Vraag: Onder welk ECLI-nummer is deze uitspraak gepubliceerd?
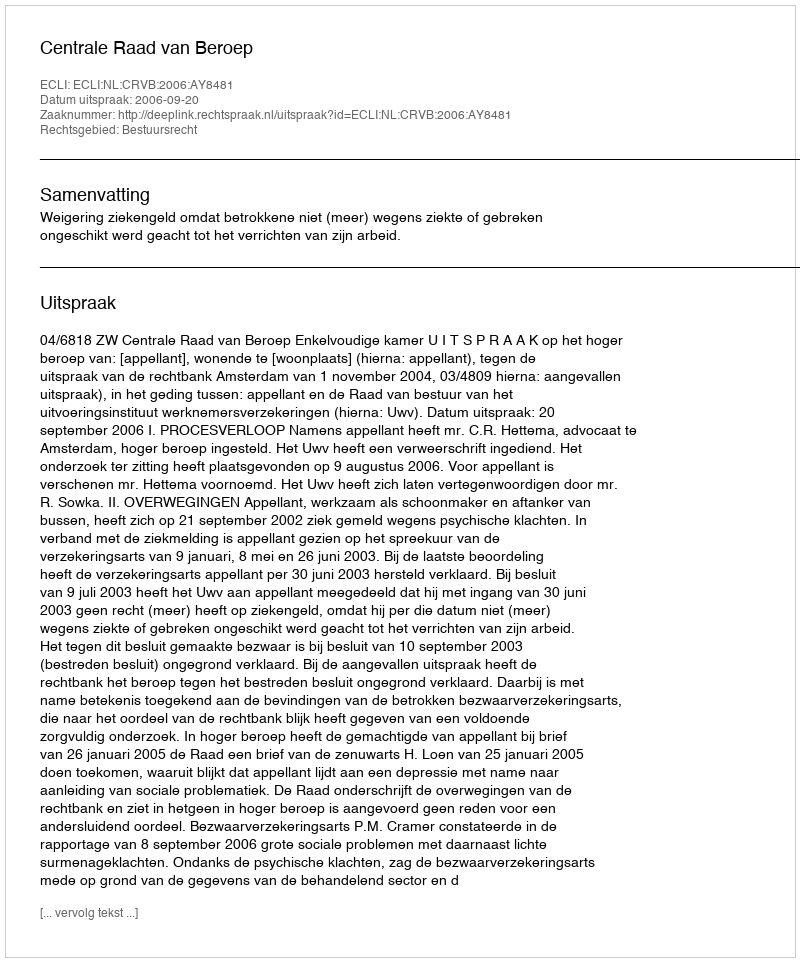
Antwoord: ECLI:NL:CRVB:2006:AY8481